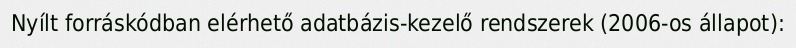
Nyílt forráskódban elérhető adatbázis-kezelő rendszerek (2006-os állapot):